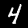
Label: 4